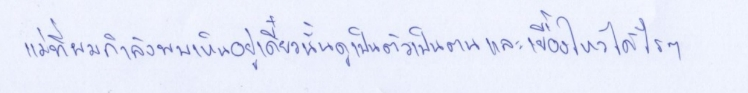
แม่ที่ผมกำลังพบเห็นอยู่เดี๋ยวนั้นดูเป็นตัวเป็นตนและเยื้องไหวได้ไรๆ